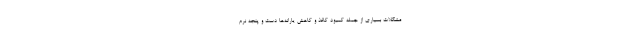
مشکلات بسیاری از جمله کمبود کاغذ و کاهش یارانه‌ها دست و پنجه نرم